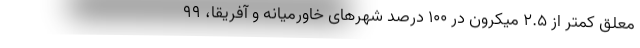
معلق کمتر از ۲.۵ میکرون در ۱۰۰ درصد شهرهای خاورمیانه و آفریقا، ۹۹